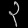
Digit: ၃